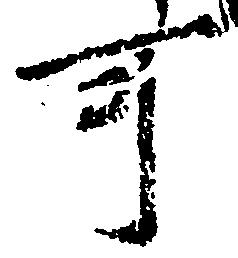
可